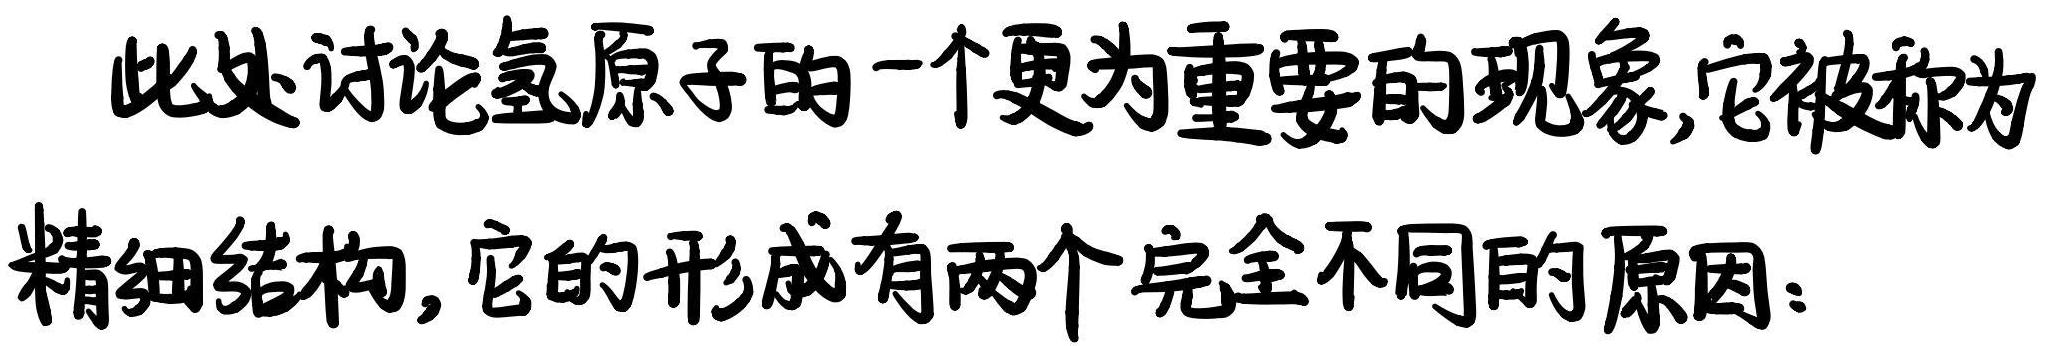
此处讨论氢原子的一个更为重要的现象,它被称为精细结构,它的形成有两个完全不同的原因: